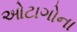
ઓટાગોના